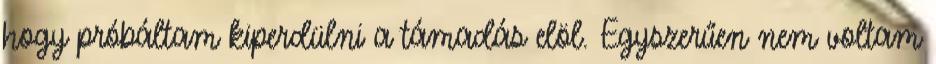
hogy próbáltam kiperdülni a támadás elöl. Egyszerűen nem voltam